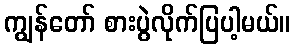
ကျွန်တော် စားပွဲလိုက်ပြပါ့မယ်။